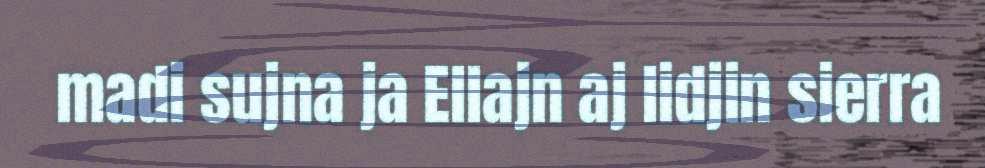
madi sujna ja Ellajn aj lidjin sierra